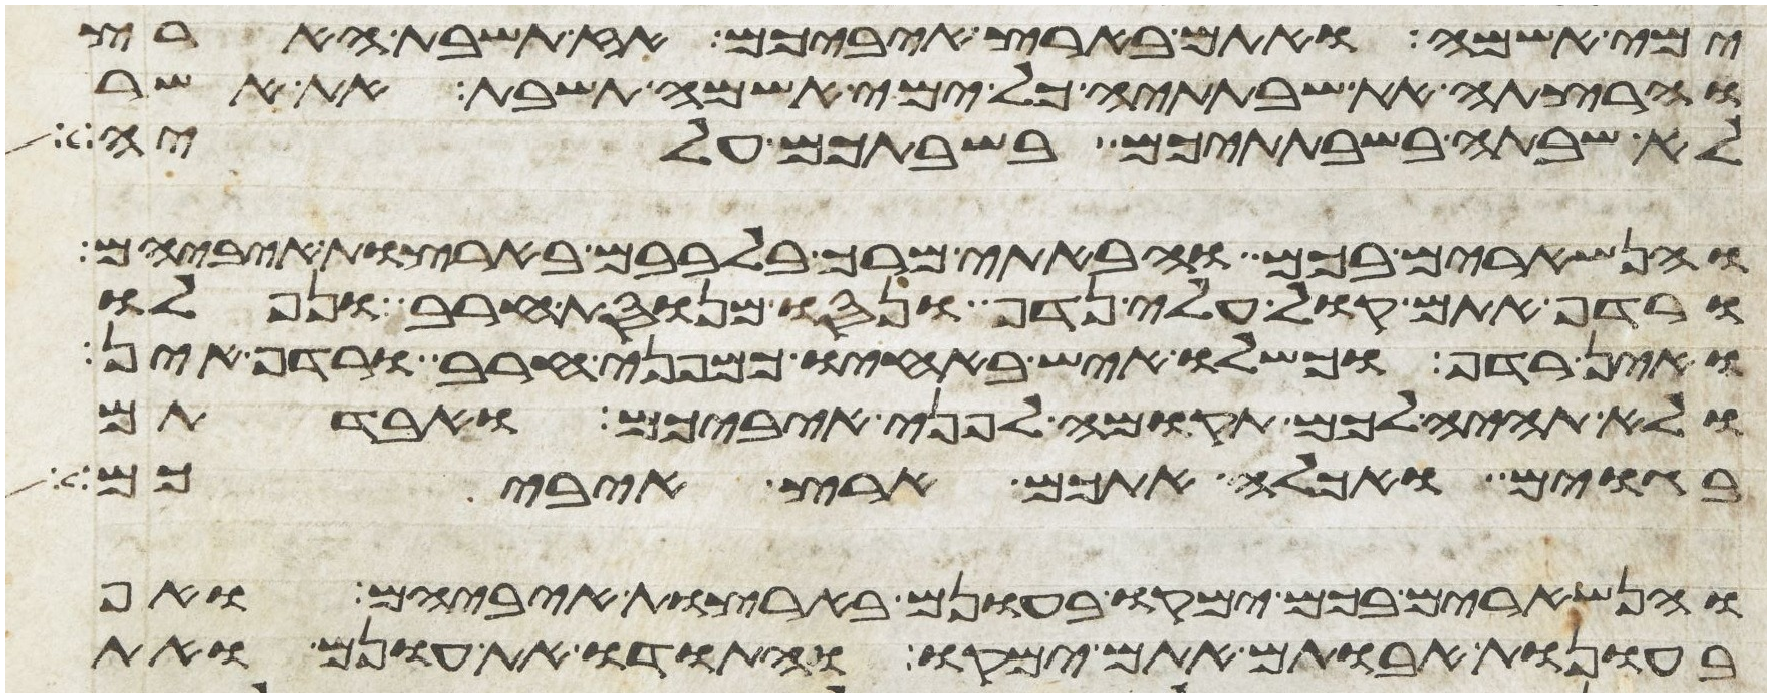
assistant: ימי אשמה ואתם בארץ איביכם אז תשבת הארץ
והרצתה את שבתתיה כל ימי אשמה תשבת את אשר
לא שבתה בשבתתיכם בשבתכם עליה
והנשארים בכם והבאתי מרך בלבבם בארצות איביהם
ורדף אתם קול עלי נדף ונסו מנוסת חרב ונפלו
ואין רדף וכשלו איש באחיו כמפני חרב ורדף אין
ולא תהיה לכם תקומה לפני איביכם ואבדתם
בגוים ואכלה אתכם ארץ איביכם
והנשארים בכם ימקו בעונם בארצות איביהם ואף
בעונות אבותם אתם ימקו והתודו את עונם ואת